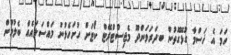
ހަމަ އެ ޚަސްމާ ގުޅޭގޮތުން ބ.ދަރަވަންދޫ މެޖިސްޓްރޭޓް ކޯޓަށް ހުށަހެޅުނު މައްސަލައެއް ބެލުމުން